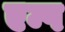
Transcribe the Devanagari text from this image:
एम्प